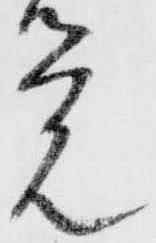
覚